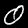
Label: 0